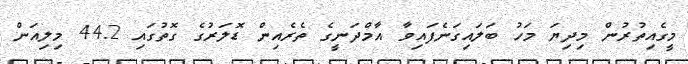
މީގެއިތުރުން މިދިޔަ މަހު ބަލައިގަނެފައިވާ އާމްދަނީގެ ތެރެއިން ޑޮލަރުގެ ގޮތުގައި 44.2 މިލިއަން